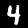
Label: 4